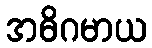
အဓိဂမာယ